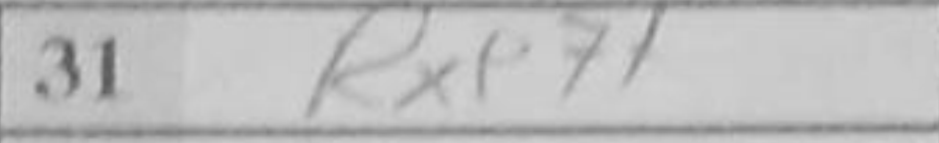
Transcription: Rxe7+